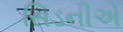
સિડનીએ